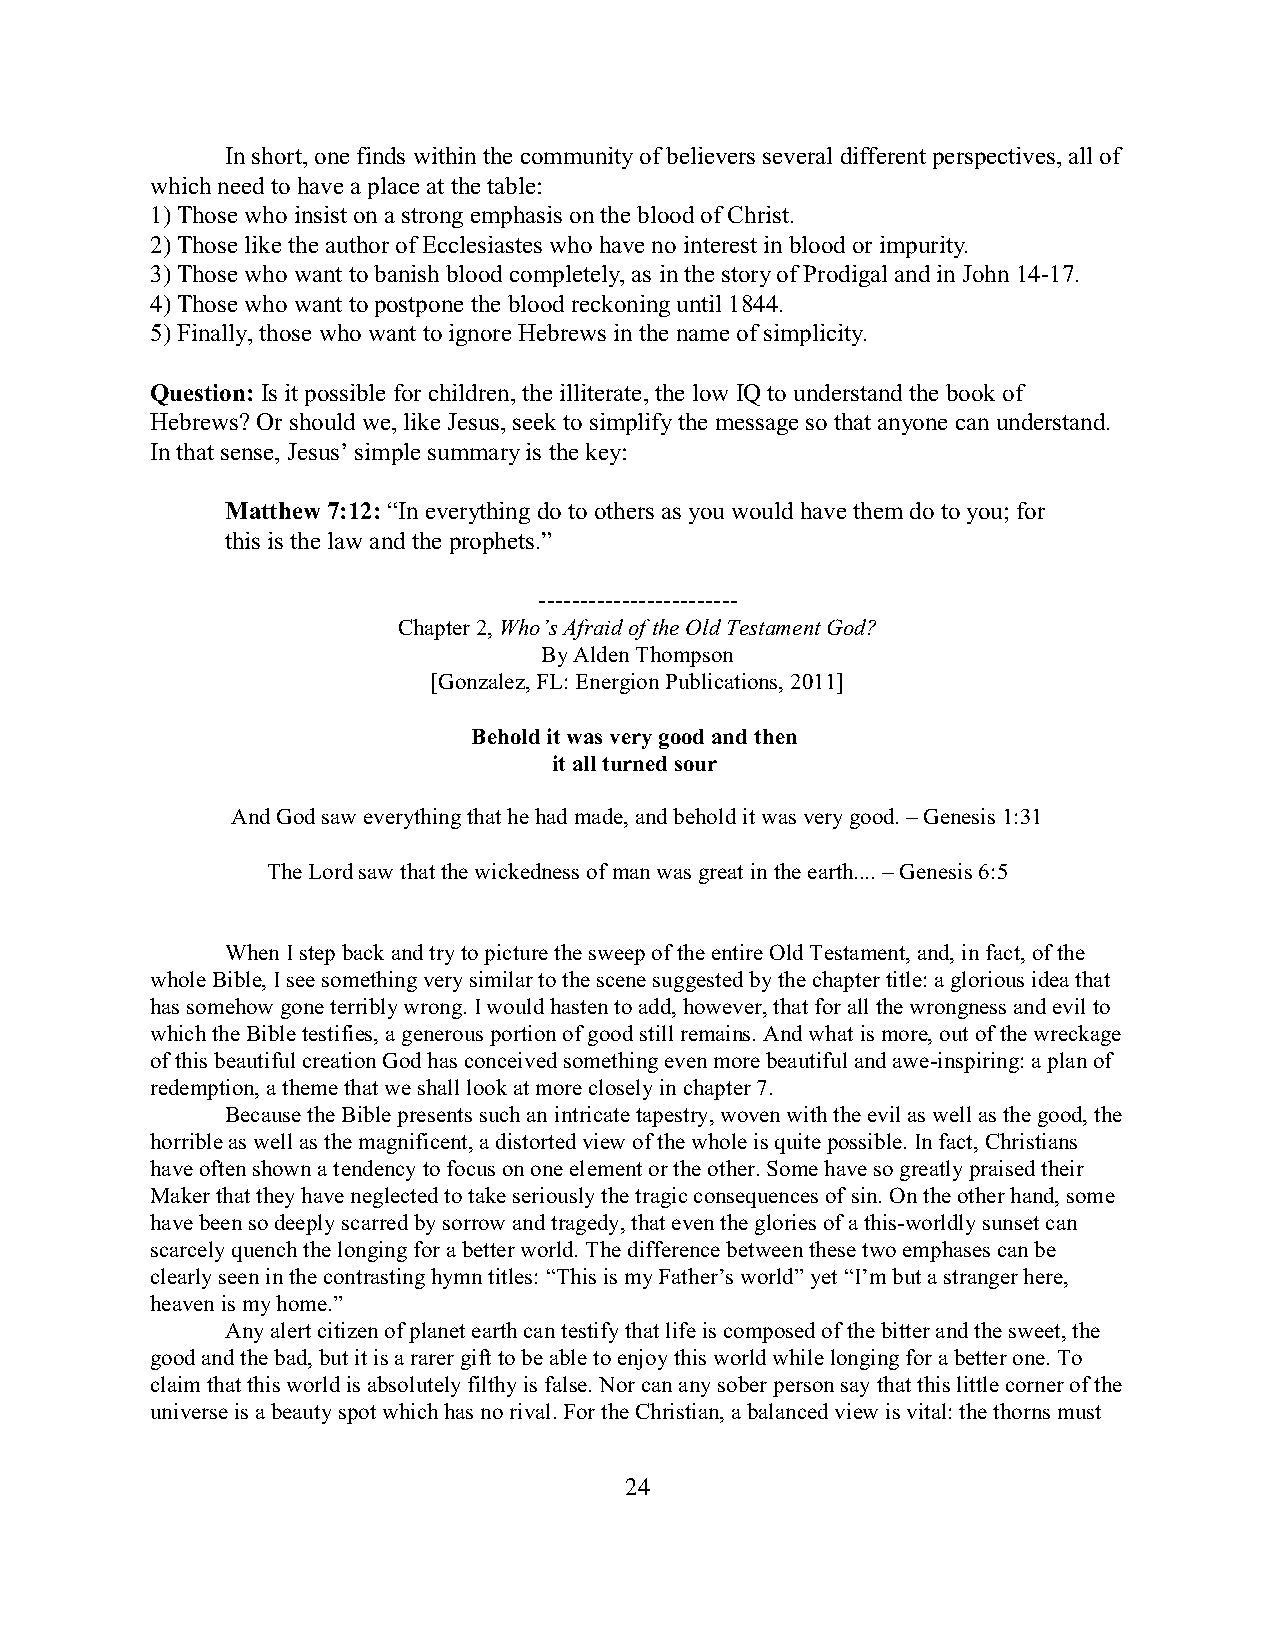
In short, one finds within the community of believers several different perspectives, all of
 which need to have a place at the table:
 1) Those who insist on a strong emphasis on the blood of Christ.
 2) Those like the author of Ecclesiastes who have no interest in blood or impurity.
 3) Those who want to banish blood completely, as in the story of Prodigal and in John 14-17.
 4) Those who want to postpone the blood reckoning until 1844.
 5) Finally, those who want to ignore Hebrews in the name of simplicity.
 Question: Is it possible for children, the illiterate, the low IQ to understand the book of
 Hebrews? Or should we, like Jesus, seek to simplify the message so that anyone can understand.
 In that sense, Jesus’ simple summary is the key:
 Matthew 7:12: “In everything do to others as you would have them do to you; for
 this is the law and the prophets.”
 ------------------------
 Chapter 2, Who’s Afraid of the Old Testament God?
 By Alden Thompson
 [Gonzalez, FL: Energion Publications, 2011]
 Behold it was very good and then
 it all turned sour
 And God saw everything that he had made, and behold it was very good. – Genesis 1:31
 The Lord saw that the wickedness of man was great in the earth.... – Genesis 6:5
 When I step back and try to picture the sweep of the entire Old Testament, and, in fact, of the
 whole Bible, I see something very similar to the scene suggested by the chapter title: a glorious idea that
 has somehow gone terribly wrong. I would hasten to add, however, that for all the wrongness and evil to
 which the Bible testifies, a generous portion of good still remains. And what is more, out of the wreckage
 of this beautiful creation God has conceived something even more beautiful and awe-inspiring: a plan of
 redemption, a theme that we shall look at more closely in chapter 7.
 Because the Bible presents such an intricate tapestry, woven with the evil as well as the good, the
 horrible as well as the magnificent, a distorted view of the whole is quite possible. In fact, Christians
 have often shown a tendency to focus on one element or the other. Some have so greatly praised their
 Maker that they have neglected to take seriously the tragic consequences of sin. On the other hand, some
 have been so deeply scarred by sorrow and tragedy, that even the glories of a this-worldly sunset can
 scarcely quench the longing for a better world. The difference between these two emphases can be
 clearly seen in the contrasting hymn titles: “This is my Father’s world” yet “I’m but a stranger here,
 heaven is my home.”
 Any alert citizen of planet earth can testify that life is composed of the bitter and the sweet, the
 good and the bad, but it is a rarer gift to be able to enjoy this world while longing for a better one. To
 claim that this world is absolutely filthy is false. Nor can any sober person say that this little corner of the
 universe is a beauty spot which has no rival. For the Christian, a balanced view is vital: the thorns must
 24